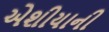
એશીયાની